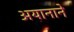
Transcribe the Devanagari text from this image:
अयानाने